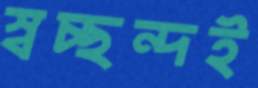
স্বচ্ছন্দই